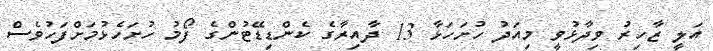
އަލީ ޒާހިރު ވިދާޅުވީ މިއަދު ހުށަހަޅާ 13 ދާއިރާގެ ކެންޑިޑޭޓުންގެ ފޯމު ހުށަހެޅުމަށްފަހުވެސް